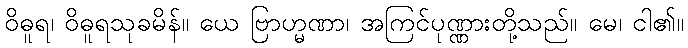
ဝိဓူရ၊ ဝိဓူရသုခမိန်။ ယေ ဗြာဟ္မဏာ၊ အကြင်ပုဏ္ဏားတို့သည်။ မေ၊ ငါ၏။